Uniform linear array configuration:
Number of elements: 16
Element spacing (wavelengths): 0.75
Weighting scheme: blackman
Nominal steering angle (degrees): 0
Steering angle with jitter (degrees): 1.802
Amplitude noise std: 0.05
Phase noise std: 0.05

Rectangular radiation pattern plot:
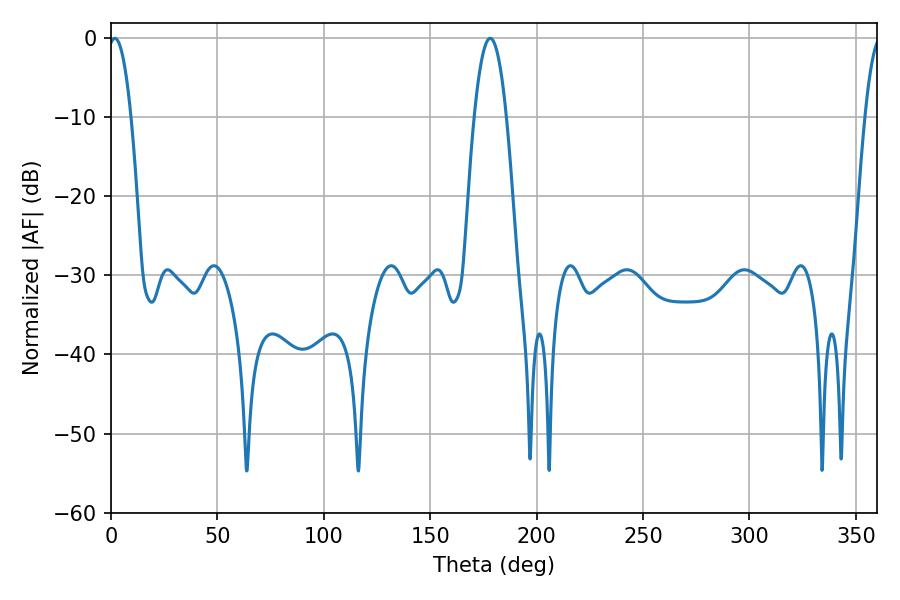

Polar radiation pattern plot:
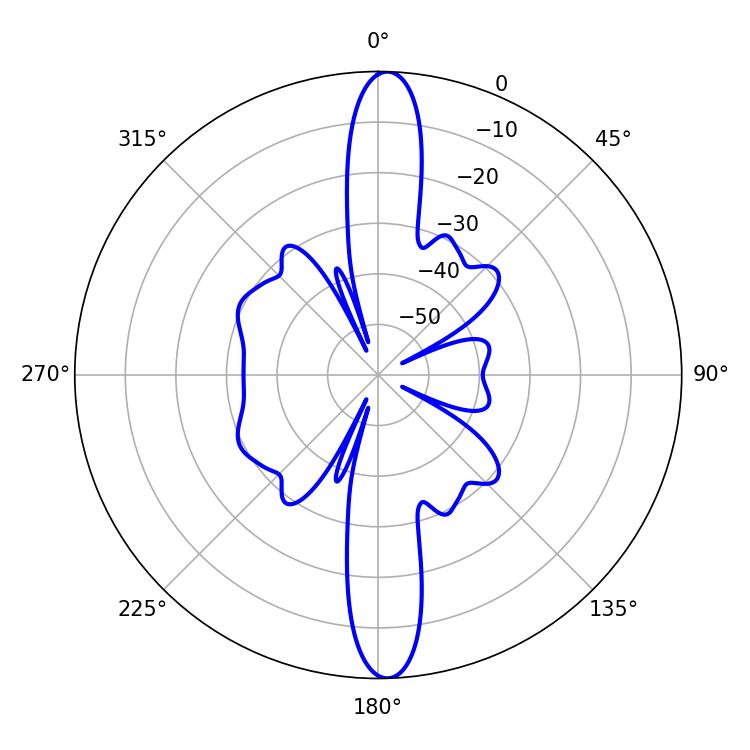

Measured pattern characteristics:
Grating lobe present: TRUE
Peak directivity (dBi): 23.334
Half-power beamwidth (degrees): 5.94
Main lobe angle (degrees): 1.8